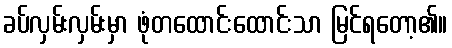
ခပ်လှမ်းလှမ်းမှာ ဖုံတထောင်းထောင်းသာ မြင်ရတော့၏။